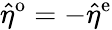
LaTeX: \hat{\eta}^{\mathrm{o}}=-\hat{\eta}^{\mathrm{e}}